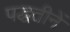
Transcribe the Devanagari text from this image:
पद्धतीनें